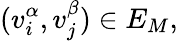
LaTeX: (v_{i}^{\alpha},v_{j}^{\beta})\in E_{M},